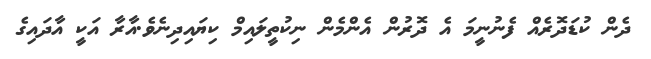
ދެން ކުޑަދޮރެއް ފެނުނީމަ އެ ދޮރުން އެންމެން ނިކުތީލައިމް ކިޔައިދިނެވެ.އާރާ އަކީ އާދައިގެ